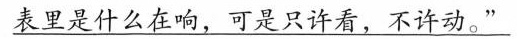
\underline{表里是什么在响，可是只许看，不许动。”}